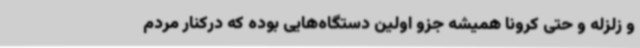
و زلزله و حتی کرونا همیشه جزو اولین دستگاه‌هایی بوده که درکنار مردم